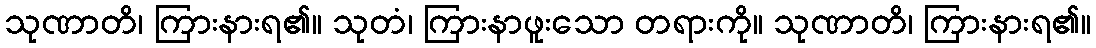
သုဏာတိ၊ ကြားနားရ၏။ သုတံ၊ ကြားနာဖူးသော တရားကို။ သုဏာတိ၊ ကြားနားရ၏။